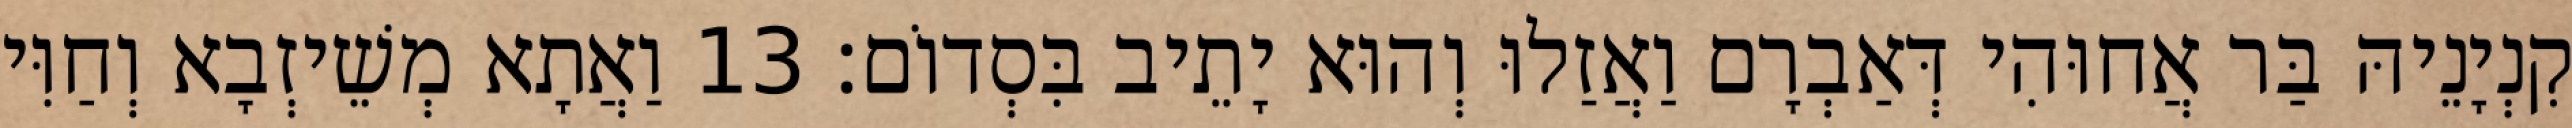
קִנְיָנֵיהּ בַּר אֲחוּהִי דְּאַבְרָם וַאֲזַלוּ וְהוּא יָתֵיב בִּסְדוֹם׃ 13 וַאֲתָא מְשֵׁיזְבָא וְחַוִּי